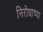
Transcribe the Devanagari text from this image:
निरोधाच्या